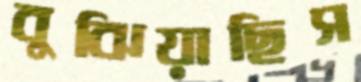
বুঝিয়াছিস